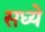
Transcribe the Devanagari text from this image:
सध्ये